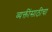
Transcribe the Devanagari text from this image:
व्यक्तींसाठीचा